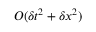
O ( \delta t ^ { 2 } + \delta x ^ { 2 } )